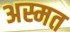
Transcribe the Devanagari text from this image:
अस्मत